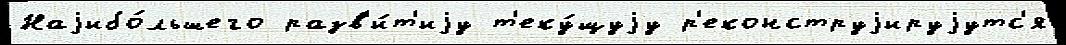
Наjибо́льшего разв'и́т'иjу т'еку́щуjу р'еконструjируjутс'я